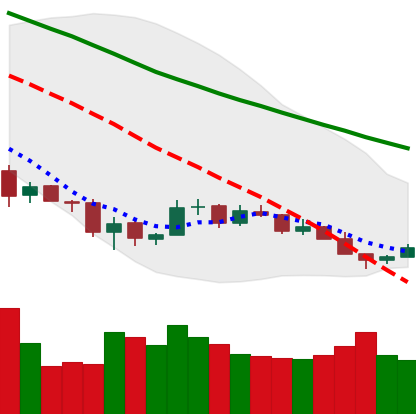
Ticker: BTC-USD
Chart end date: 2018-12-09
Forward return: -10.286%
Label: down_7plus